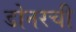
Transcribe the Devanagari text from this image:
डोनरची